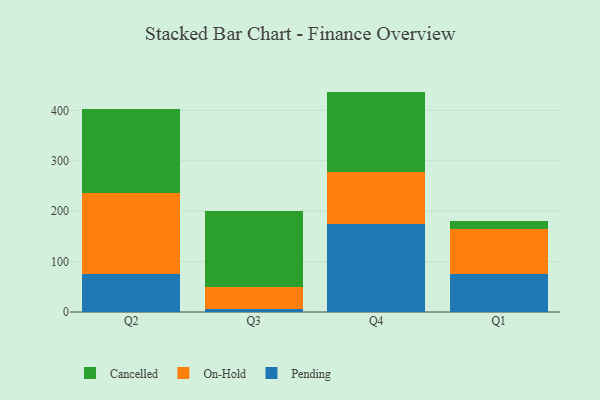
{"axis": {"x": "Quarter", "y": "Backlog"}, "legend": ["Cancelled", "On-Hold", "Pending"], "data": [{"x": "Q2", "y": 75.5, "type": "Pending"}, {"x": "Q2", "y": 159.8, "type": "On-Hold"}, {"x": "Q2", "y": 167.4, "type": "Cancelled"}, {"x": "Q3", "y": 6.7, "type": "Pending"}, {"x": "Q3", "y": 42.5, "type": "On-Hold"}, {"x": "Q3", "y": 151.7, "type": "Cancelled"}, {"x": "Q4", "y": 174.0, "type": "Pending"}, {"x": "Q4", "y": 103.7, "type": "On-Hold"}, {"x": "Q4", "y": 159.4, "type": "Cancelled"}, {"x": "Q1", "y": 75.8, "type": "Pending"}, {"x": "Q1", "y": 89.1, "type": "On-Hold"}, {"x": "Q1", "y": 16.1, "type": "Cancelled"}]}